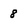
Character: 8